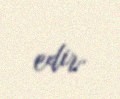
edir.